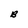
Character: B